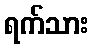
ရက်သား